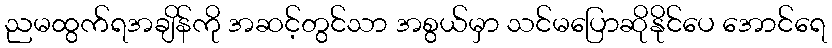
ညမထွက်ရအချိန်ကို အဆင့်တွင်သာ အစွယ်မှာ သင်မပြောဆိုနိုင်ပေ အောင်ရေ